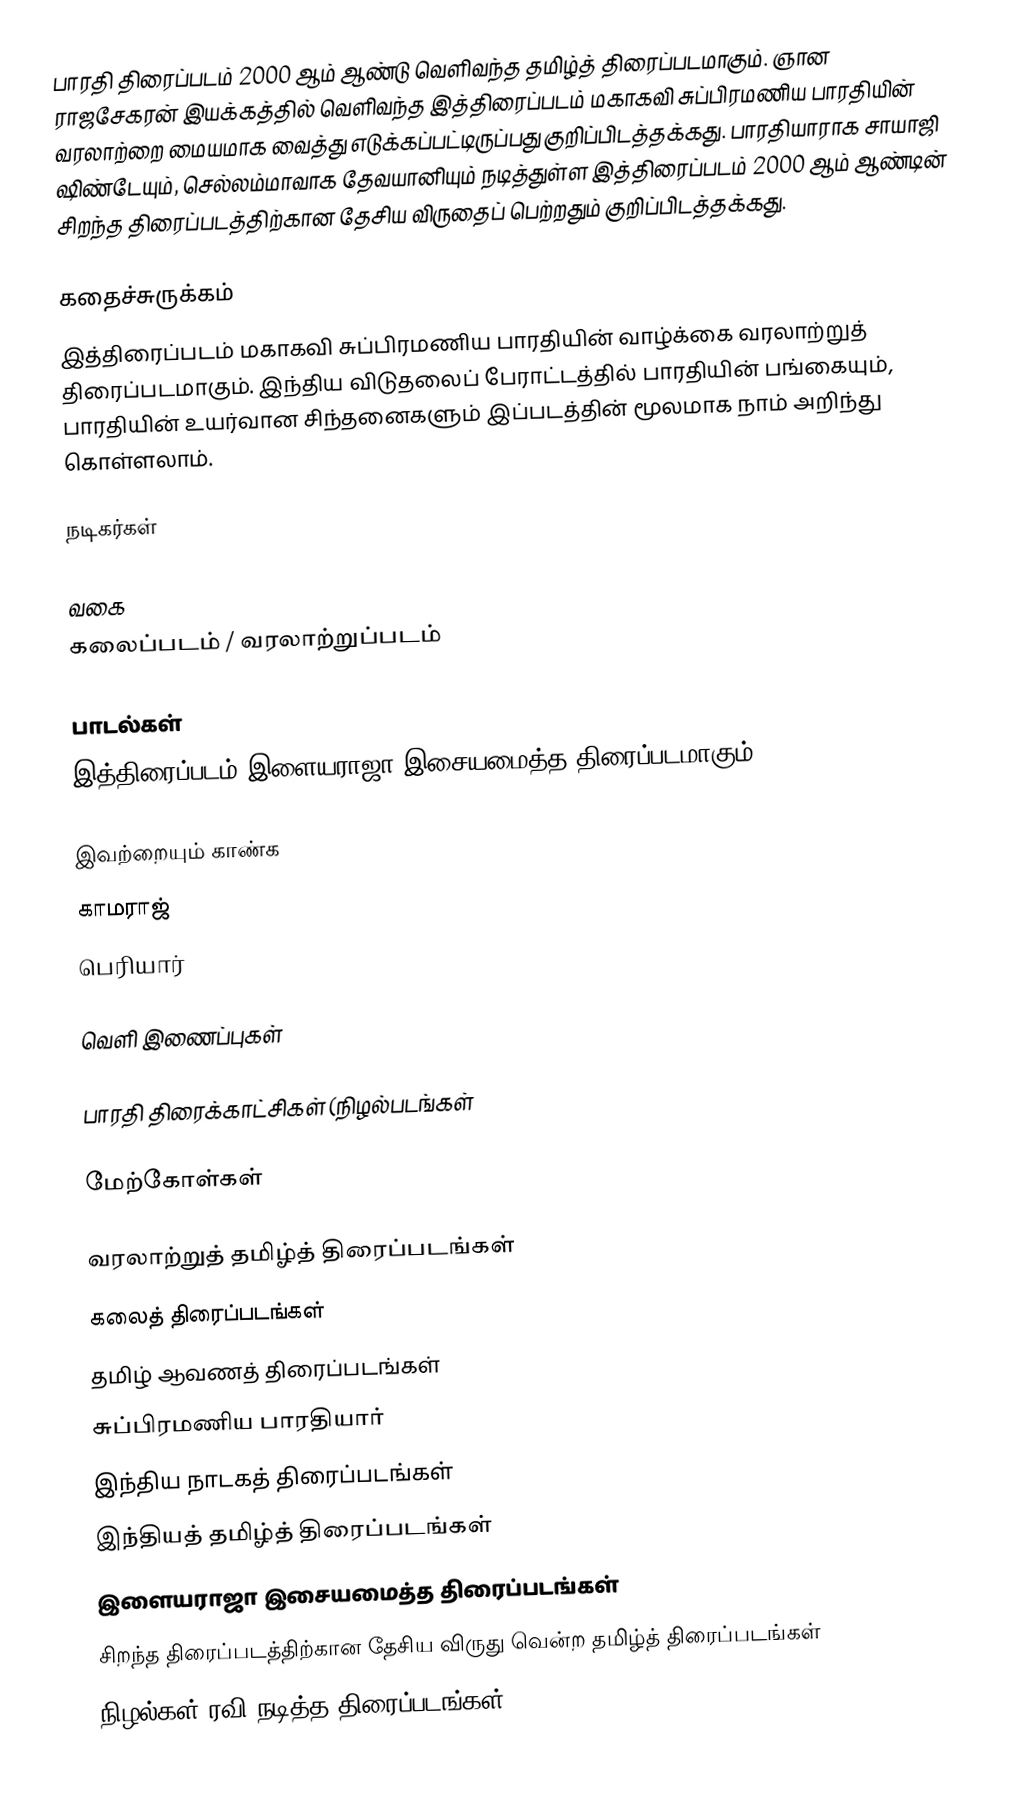
பாரதி திரைப்படம் 2000 ஆம் ஆண்டு வெளிவந்த தமிழ்த் திரைப்படமாகும். ஞான ராஜசேகரன் இயக்கத்தில் வெளிவந்த இத்திரைப்படம் மகாகவி சுப்பிரமணிய பாரதியின் வரலாற்றை மையமாக வைத்து எடுக்கப்பட்டிருப்பது குறிப்பிடத்தக்கது. பாரதியாராக சாயாஜி ஷிண்டேயும், செல்லம்மாவாக தேவயானியும் நடித்துள்ள இத்திரைப்படம் 2000 ஆம் ஆண்டின் சிறந்த திரைப்படத்திற்கான தேசிய விருதைப் பெற்றதும் குறிப்பிடத்தக்கது.

கதைச்சுருக்கம்
இத்திரைப்படம் மகாகவி சுப்பிரமணிய பாரதியின் வாழ்க்கை வரலாற்றுத் திரைப்படமாகும். இந்திய விடுதலைப் பேராட்டத்தில் பாரதியின் பங்கையும், பாரதியின் உயர்வான சிந்தனைகளும் இப்படத்தின் மூலமாக நாம் அறிந்து கொள்ளலாம்.

நடிகர்கள்

வகை
கலைப்படம் / வரலாற்றுப்படம்

பாடல்கள்
இத்திரைப்படம் இளையராஜா இசையமைத்த திரைப்படமாகும்

இவற்றையும் காண்க
 காமராஜ்
 பெரியார்

வெளி இணைப்புகள்

 பாரதி திரைக்காட்சிகள் (நிழல்படங்கள்

மேற்கோள்கள்

வரலாற்றுத் தமிழ்த் திரைப்படங்கள்
கலைத் திரைப்படங்கள்
தமிழ் ஆவணத் திரைப்படங்கள்
சுப்பிரமணிய பாரதியார்
இந்திய நாடகத் திரைப்படங்கள்
இந்தியத் தமிழ்த் திரைப்படங்கள்
இளையராஜா இசையமைத்த திரைப்படங்கள்
சிறந்த திரைப்படத்திற்கான தேசிய விருது வென்ற தமிழ்த் திரைப்படங்கள்
நிழல்கள் ரவி நடித்த திரைப்படங்கள்